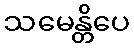
သမေန္တိပေ